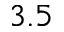
3 . 5